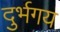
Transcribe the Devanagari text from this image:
दुर्भगय